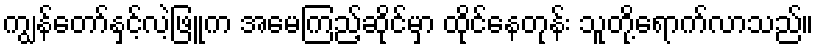
ကျွန်တော်နှင့်လဲ့ဖြူက အမေကြည့်ဆိုင်မှာ ထိုင်နေတုန်း သူတို့ရောက်လာသည်။